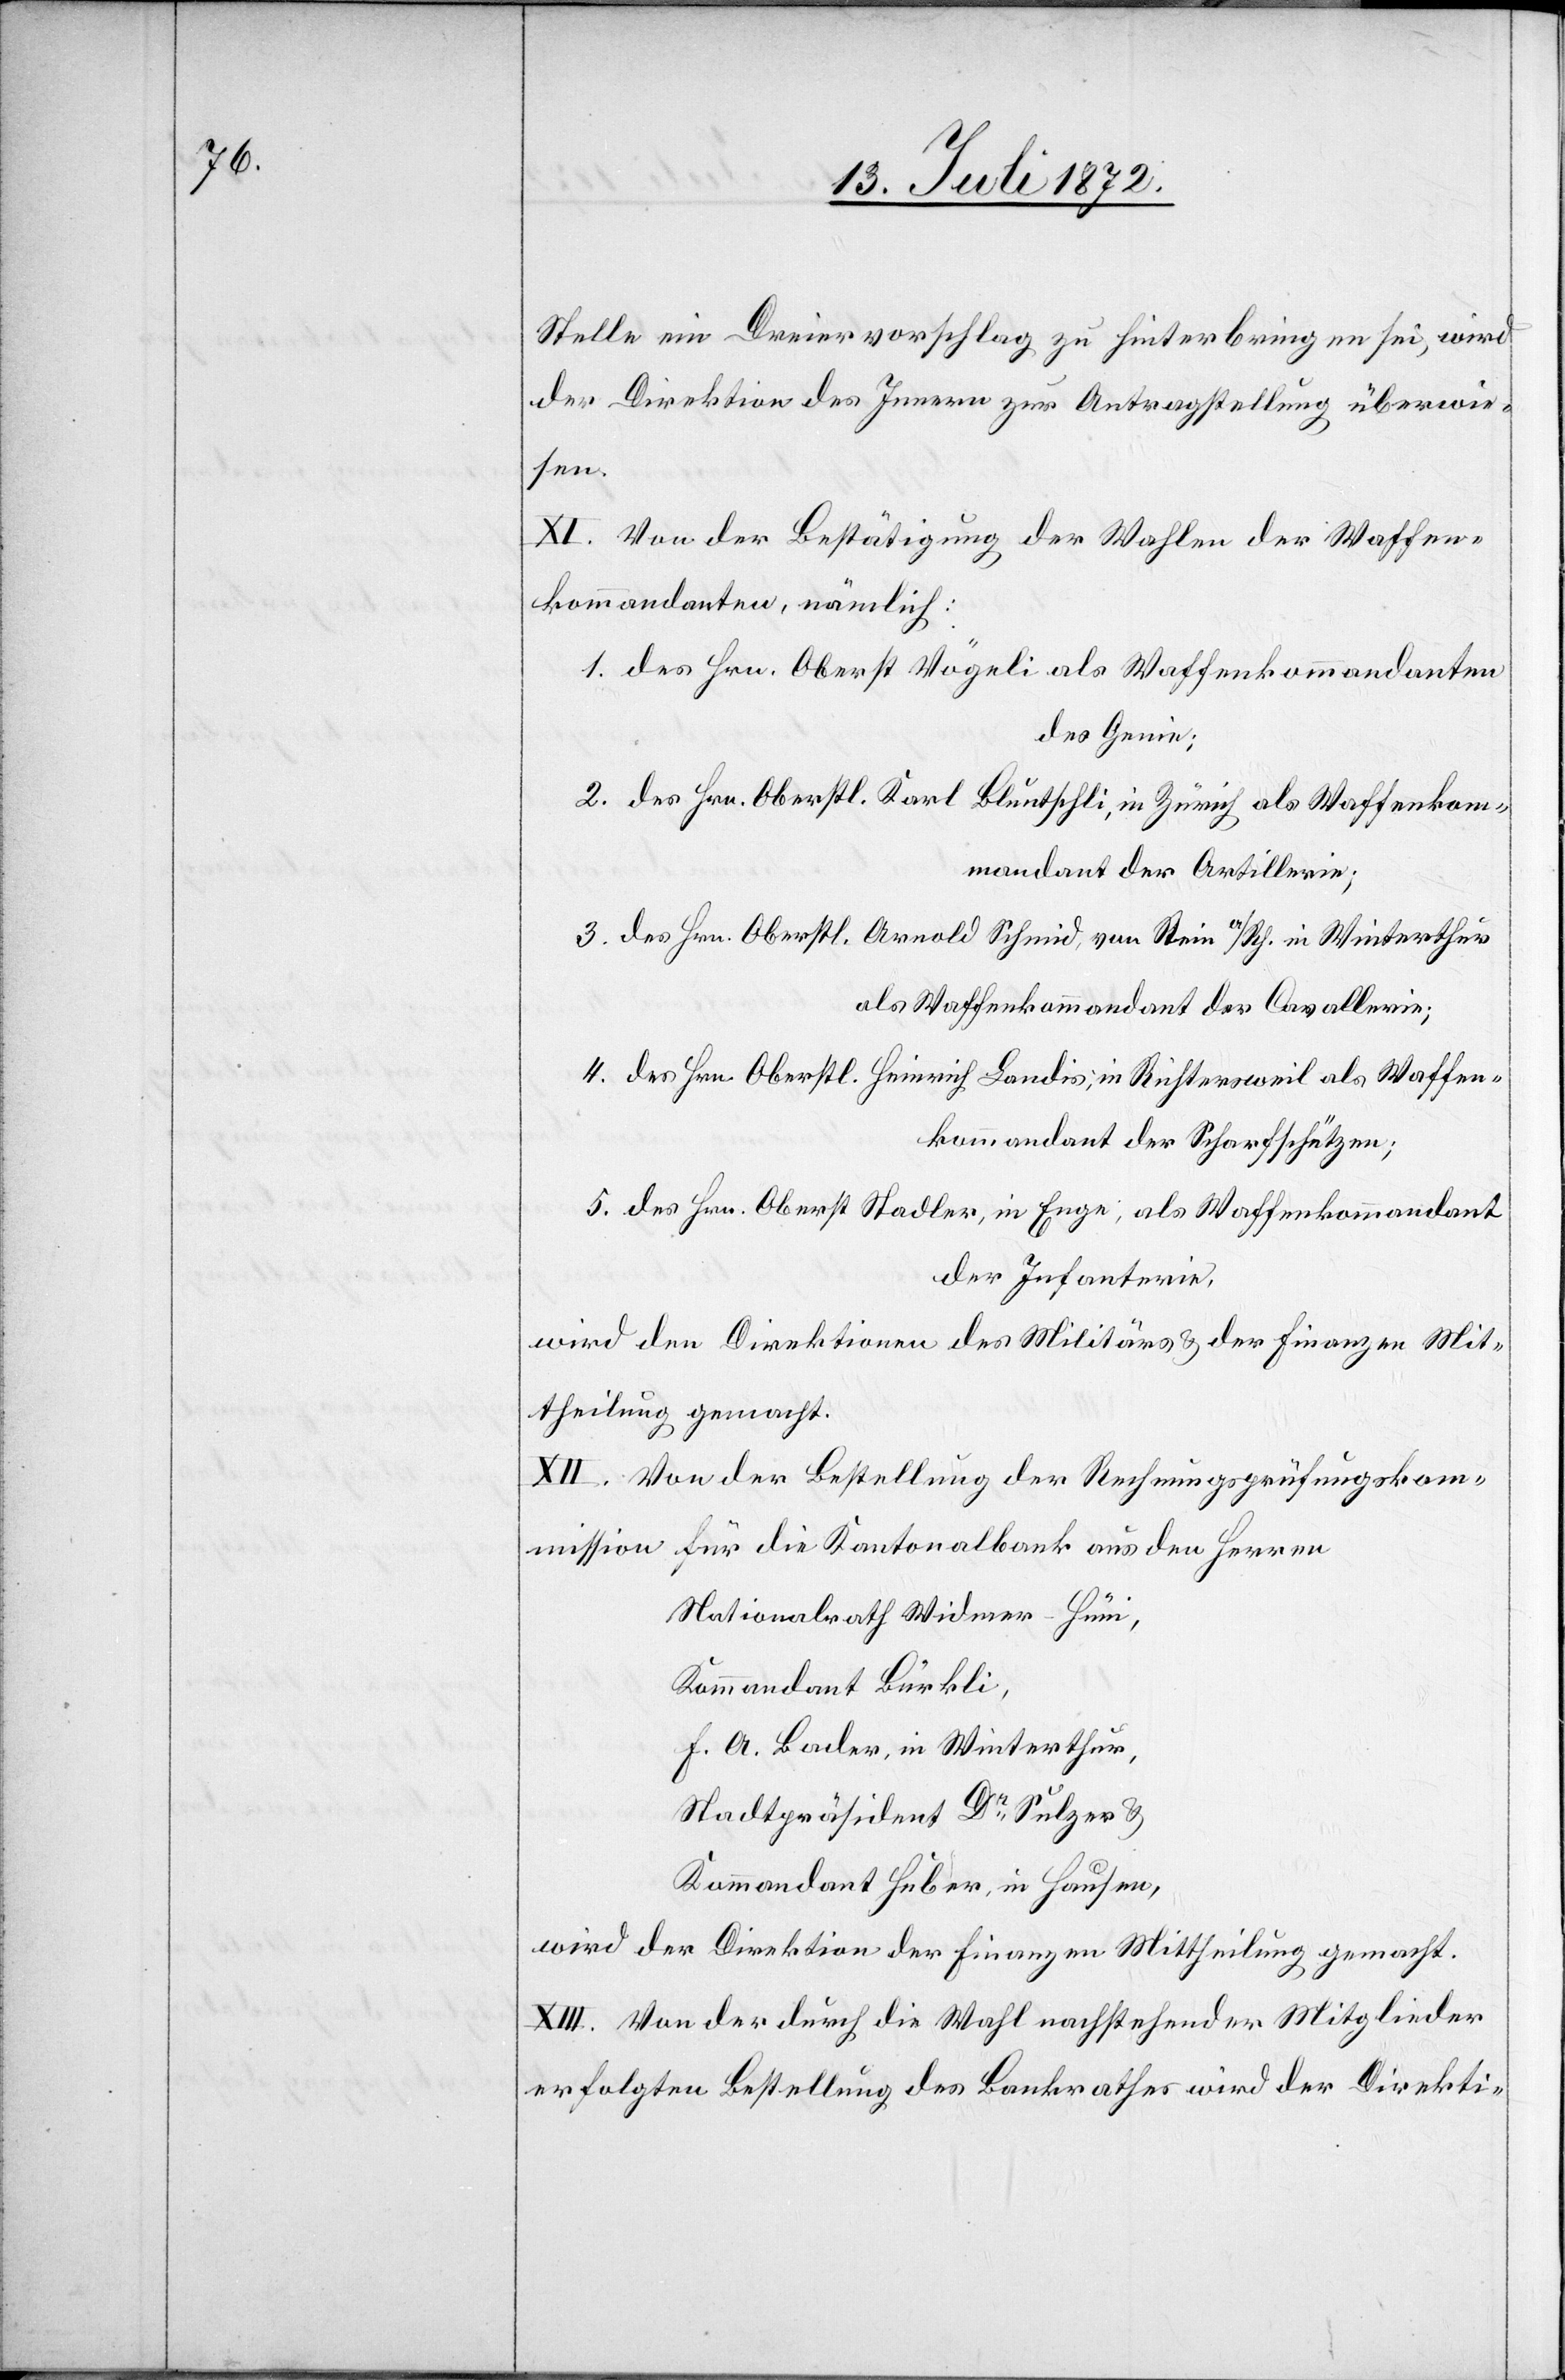
Stelle ein Dreiervorschlag zu hinterbringen sei, wird
der Direktion des Innern zur Antragstellung überwie¬
sen.
XI. Von der Bestätigung der Wahlen der Waffen¬
kommandanten, nämmlich:
1. des Hrn. Oberst Vögeli als Waffenkommandanten
des Genie;
2. des Hrn. Oberstl. Karl Bluntschli, in Zürich als Waffenkom¬
mandant der Artillerie;
3. des Hrn. Oberstl. Arnold Schmid, von Stein a/Rh. in Winterthur
als Waffenkommandant der Cavallerie;
4. des Hrn. Oberstl. Heinrich Landis, in Richtersweil als Waffen¬
kommandant der Scharfschützen;
5. des Hrn. Oberst Stadler, in Enge; als Waffenkommandant
der Infanterie,
wird der Direktionen des Militärs u. der Finanzen Mit¬
theilung gemacht.
XII. Von der Bestellung der Rechnungsprüfungskom¬
mission für die Kantonalbank aus den Herren
Nationalrath Widmer-Hüni,
Kommandant Bürkli,
F. A. Bader, in Winterthur,
Stadtpräsident Dr Sulzer u.
Kommandant Huber, in Hausen,
wird der Direktion der Finanzen Mittheilung gemacht.
XIII. Von der durch die Wahl nachstehender Mitglieder
erfolgten Bestellung des Bankrathes wird der Direkti-